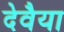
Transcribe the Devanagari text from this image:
देवैया